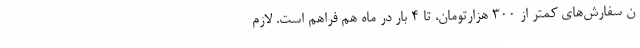
ن سفارش‌های کمتر از ۳۰۰ هزارتومان، تا ۴ بار در ماه هم فراهم است. لازم